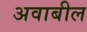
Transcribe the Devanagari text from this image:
अवाबील